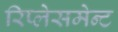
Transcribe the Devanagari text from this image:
रिप्लेसमेन्ट